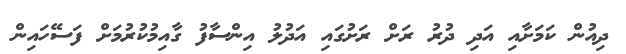
ދިއުން ކަމަށާއި އަދި ދުރު ރަށް ރަށުގައި އަދުލު އިންސާފު ގާއިމުކުރުމަށް ފަސޭހައިން